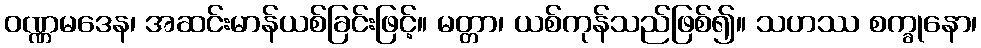
ဝဏ္ဏမဒေန၊ အဆင်းမာန်ယစ်ခြင်းဖြင့်။ မတ္တာ၊ ယစ်ကုန်သည်ဖြစ်၍။ သဟဿ စက္ခုနော၊